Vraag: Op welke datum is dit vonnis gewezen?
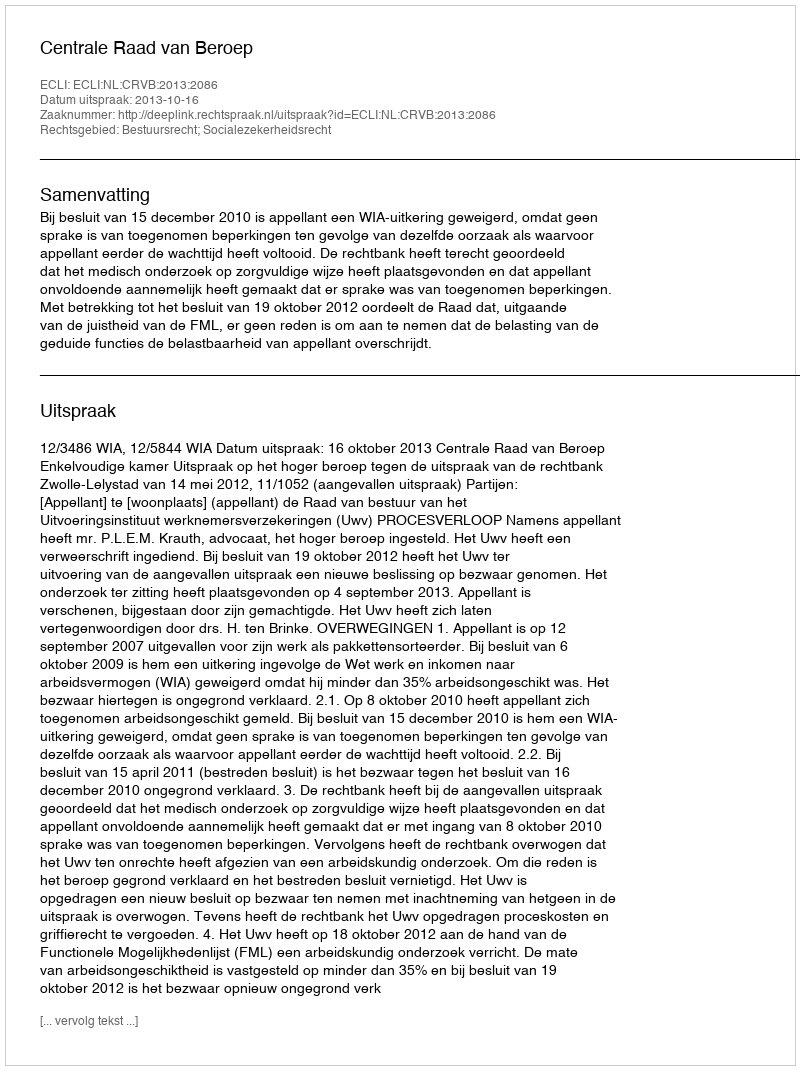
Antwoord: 2013-10-16